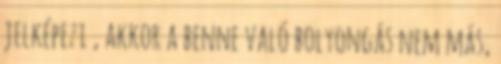
jelképezi , akkor a benne való bolyongás nem más,